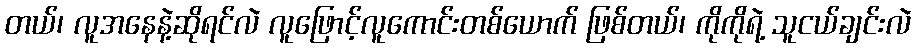
တယ်၊ လူအနေနဲ့ဆိုရင်လဲ လူဖြောင့်လူကောင်းတစ်ယောက် ဖြစ်တယ်၊ ကိုကိုရဲ့ သူငယ်ချင်းလဲ